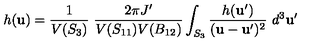
h ( { \bf u } ) = \frac { 1 } { V ( S _ { 3 } ) } \ \frac { 2 \pi J ^ { \prime } } { V ( S _ { 1 1 } ) V ( B _ { 1 2 } ) } \int _ { S _ { 3 } } \frac { h ( { \bf u } ^ { \prime } ) } { ( { \bf u } - { \bf u } ^ { \prime } ) ^ { 2 } } \ d ^ { 3 } { \bf u } ^ { \prime }